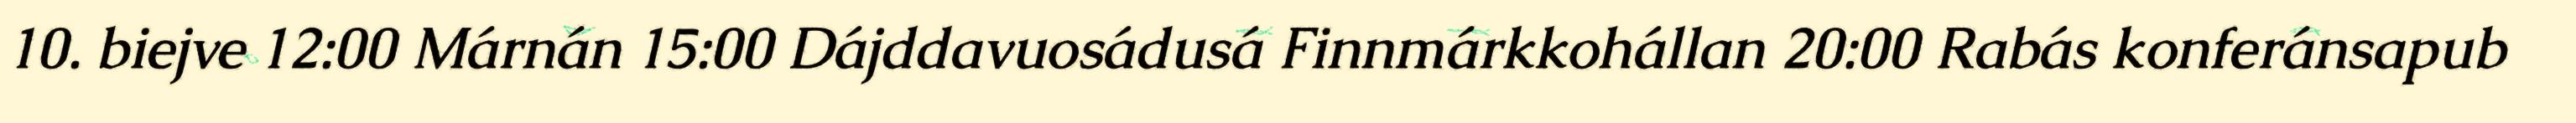
10. biejve 12:00 Márnán 15:00 Dájddavuosádusá Finnmárkkohállan 20:00 Rabás konferánsapub